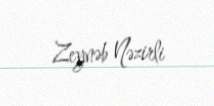
Zeynəb Nəzirli